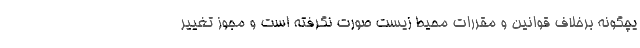
یچگونه برخلاف قوانین و مقررات محیط زیست صورت نگرفته است و مجوز تغییر